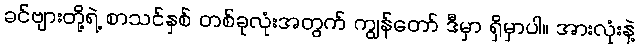
ခင်ဗျားတို့ရဲ့ စာသင်နှစ် တစ်ခုလုံးအတွက် ကျွန်တော် ဒီမှာ ရှိမှာပါ။ အားလုံးနဲ့